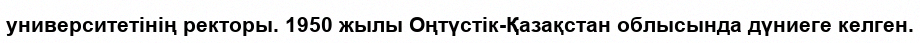
университетінің ректоры. 1950 жылы Оңтүстік-Қазақстан облысында дүниеге келген.